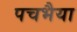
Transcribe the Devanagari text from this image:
पचभैया